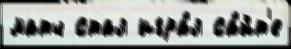
матч стал игра́л са́йт'е